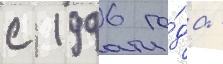
с 1996 го́да -